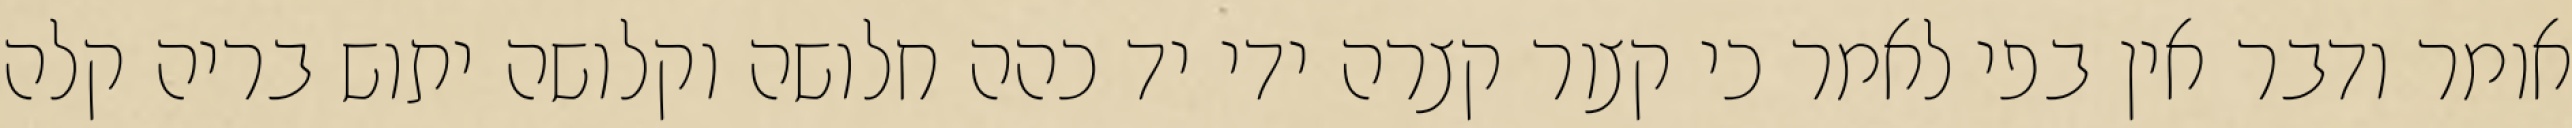
אומר ודבר אין בפי לאמר כי קצור קצרה ידי יד כהה חלושה וקלושה יתוש בריה קלה